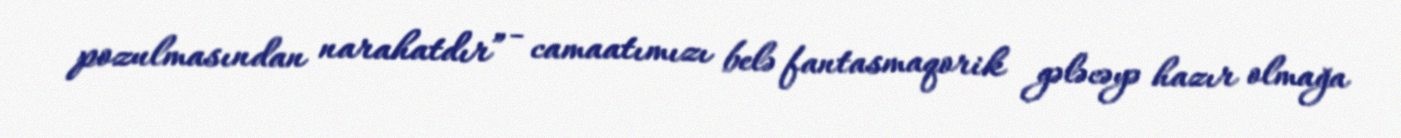
pozulmasından narahatdır” - camaatımızı belə fantasmaqorik gələcəyə hazır olmağa